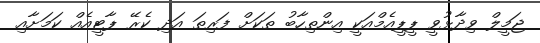
ޖަމީލް ވިދާޅުވީ ޕީޕީއެމްއަކީ އިންތިހާބު ތަކަށް ފަރިތަ އަދި ކެރޭ ޕާޓީއެއް ކަމަށާއި